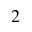
_ 2